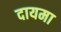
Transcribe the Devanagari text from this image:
दायमा